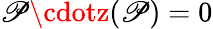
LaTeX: \mathscr{P}\cdotz(\mathscr{P})=0